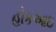
હોકઆઇ